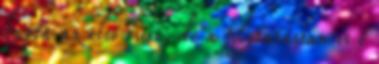
kapta az első tust, de a folytatásban is ő